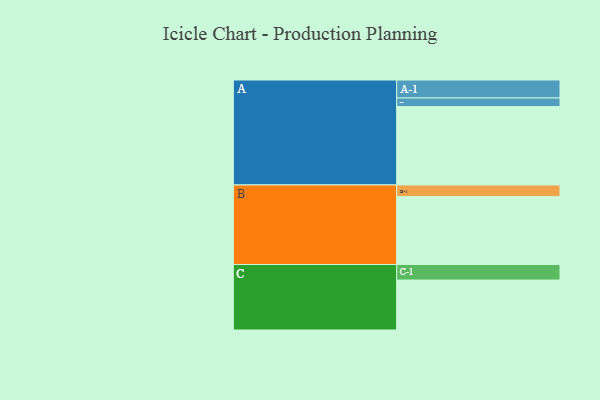
{"axis": {"x": "Segment", "y": "Value"}, "legend": ["", "A", "B", "C"], "data": [{"x": "A", "y": 518, "type": ""}, {"x": "B", "y": 449, "type": ""}, {"x": "C", "y": 330, "type": ""}, {"x": "A-1", "y": 119, "type": "A"}, {"x": "A-2", "y": 57, "type": "A"}, {"x": "B-1", "y": 77, "type": "B"}, {"x": "C-1", "y": 103, "type": "C"}]}